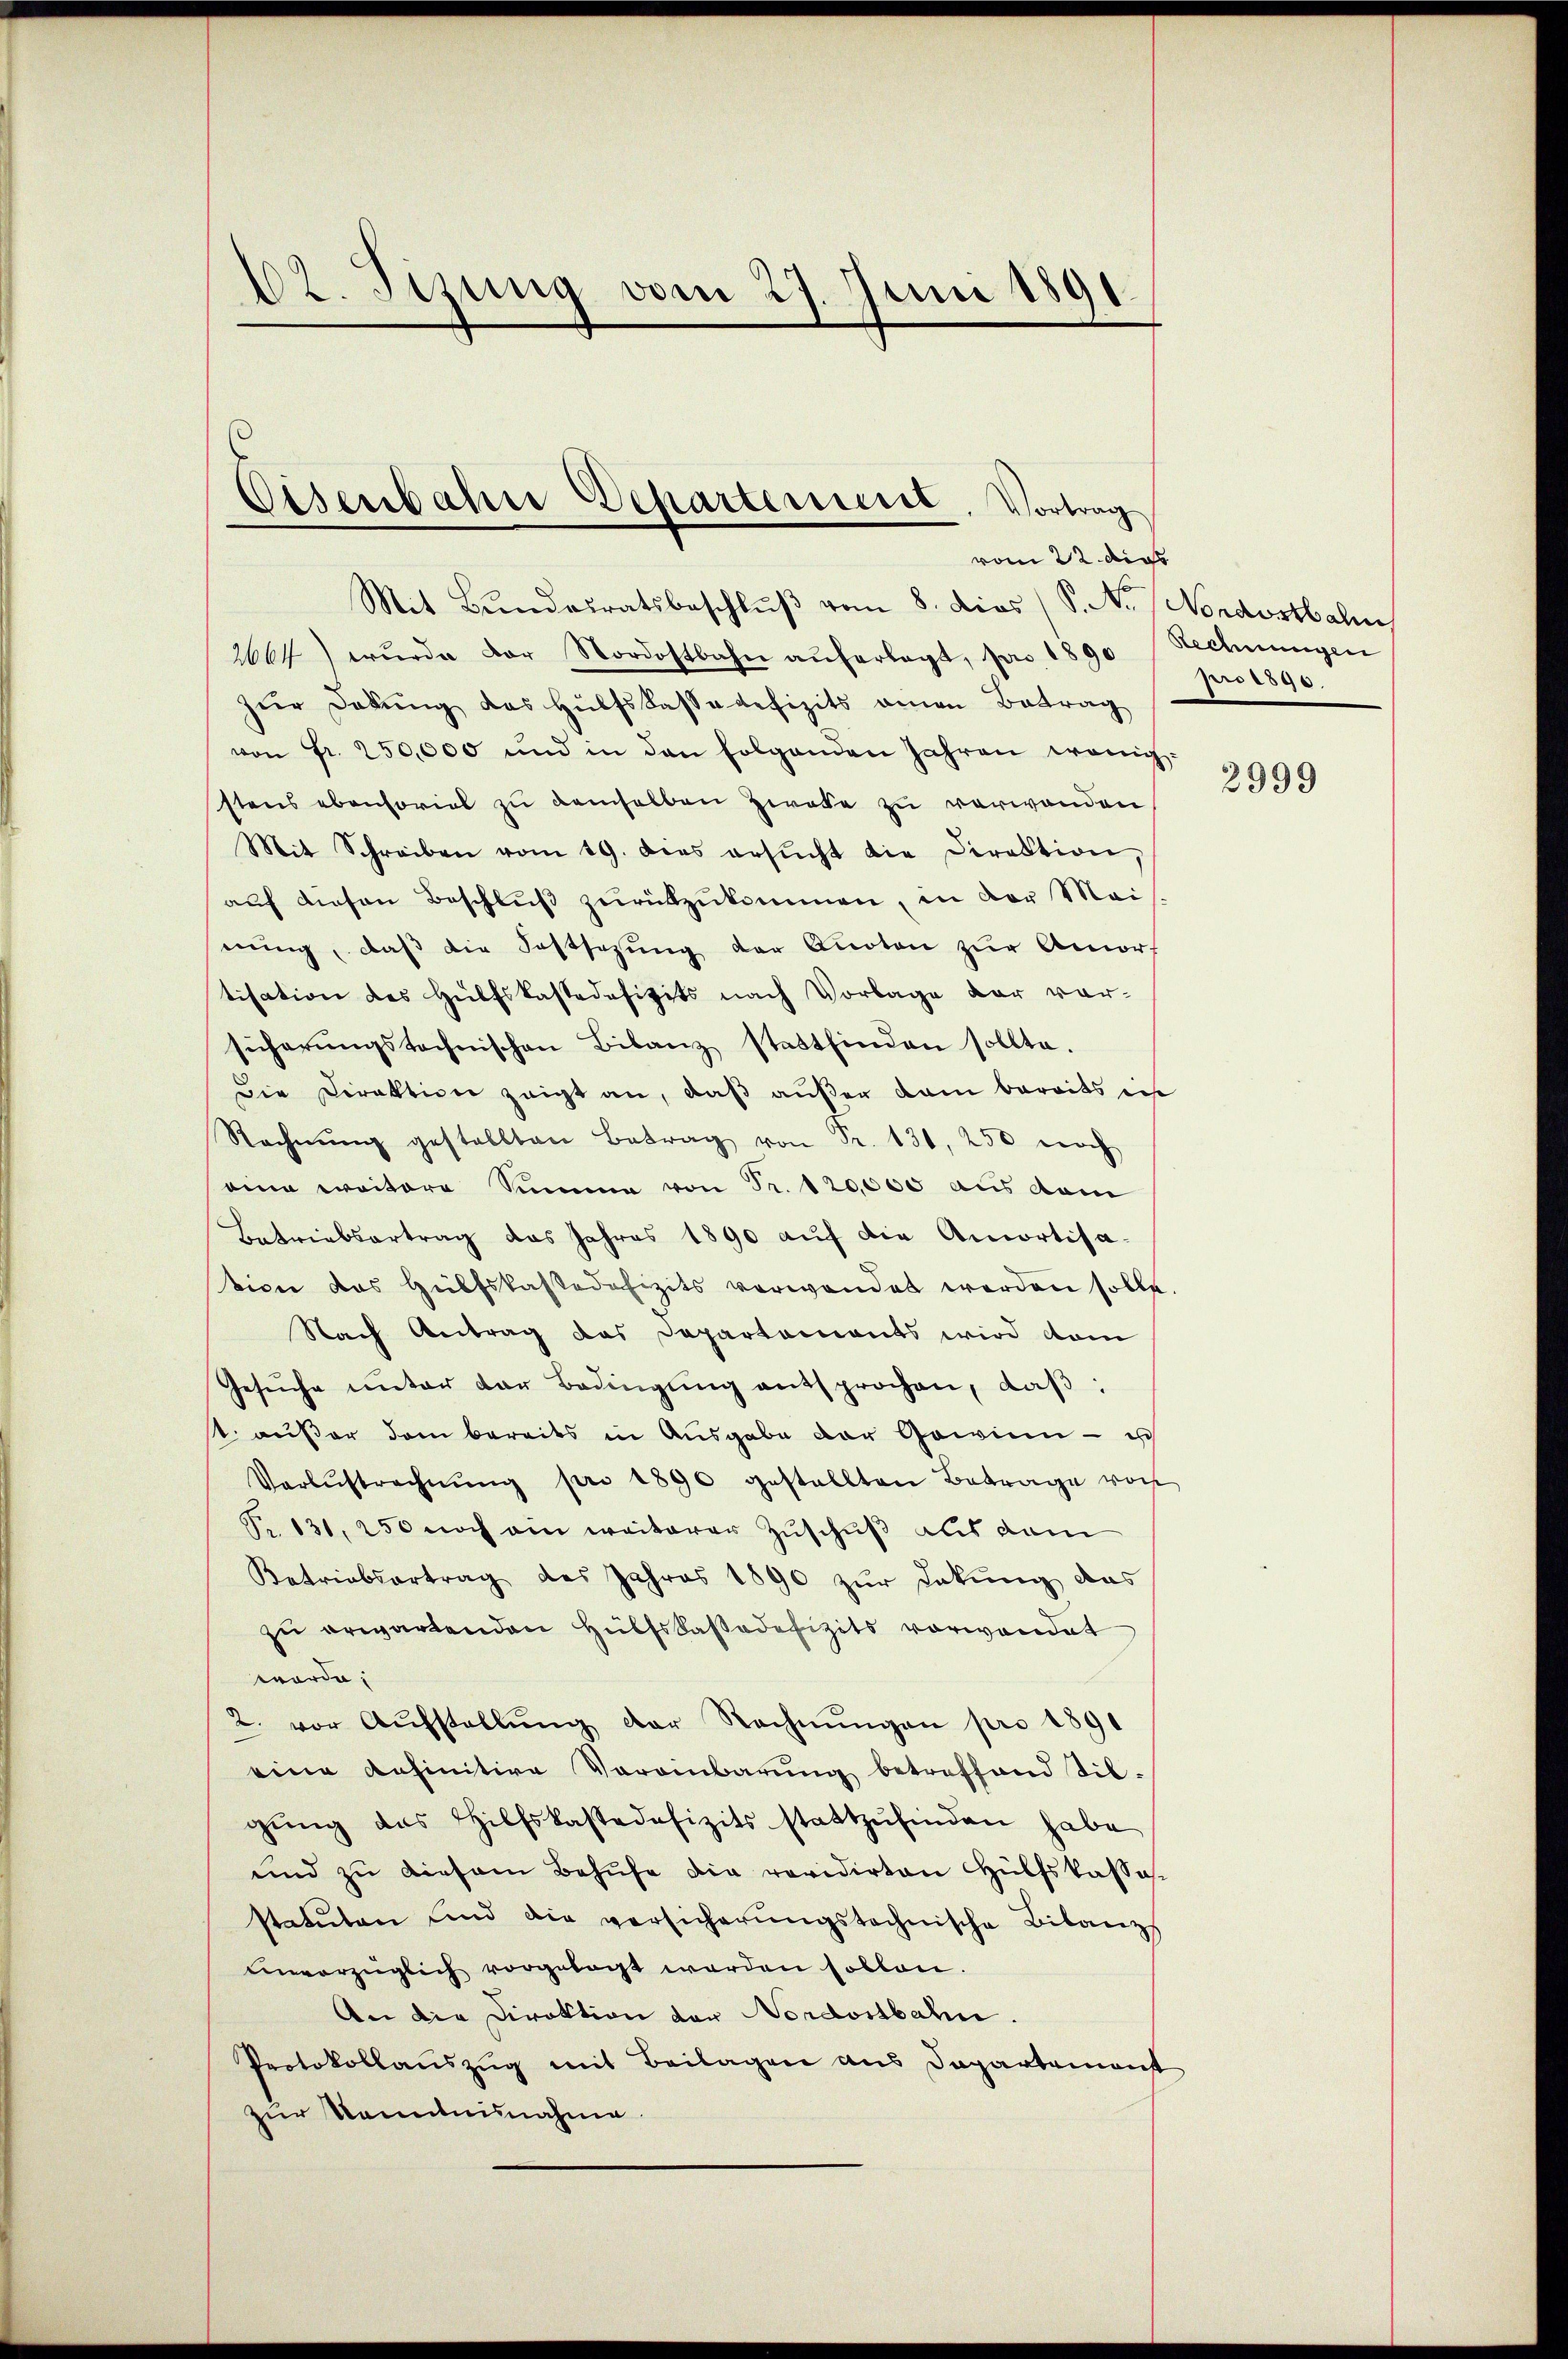
102. Sizung vom 27. Juni 1891.

Eisenbahne Departement, Vortrag
vom 22. dies

Mit Bŭndesratsbeschlŭβ vom 8. dies (S. N. / Nordostbahn
2664) wurde der Nordostbahn aŭferlegt, pro 1890
zur Dokung das Hülfskassadefizits einen Betrag
von fr. 250,000 und in den folgenden Jahren wenig-
stens ebensoviel zu demselben zweie zu verwenden
Mit Schreiben vom 19. dies ersŭcht die Direktion,
auf diesen Beschluß zurückzukommen, in der Mai
nung, daß die Festsezung der Quoten zur Amort
tisation des Hülfskassadefizits nach Vorlage der vor-
sicherŭngstechnischen Bilanz stattfinden sollte.
Die Direktion zeigt an, daß außer dam bereits in
Rechnŭng gestellten Betrag von Fr. 131, 250 noch
eine weitere Summe von Fr. 120,000 aus dem
Betriebsartrag das Jahres 1890 auf die Amortisation des Hülfskassadefizits verwendet werden solle.
Nach Antrag das Departements wird dam
Gesŭche unter der Bedingŭng entsprochen, daβ
s. außer dem bereits in Ausgabe der Gewinn – ich
Verlustrechnŭng pro 1890 gestellten Betrage von
Fr. 131, 250 noch ein weiterer Zuschuß aus dam
Ketriebertrag des Jahres 1890 zur Lakung das
zŭ erwartenden Hülfskassadefizits vorwandet
würde,
2. vor Aufstellŭng der Rechnŭngen pro 1891
eine Refinitive Vereinbarung betreffend Silgŭng des Hilfskassadefizits stattzŭfinden habe
und zŭ diesem Behufe die revidirten Hülfskassa-
statuten und die versicherŭngstechnische Bilanzs
envorzüglich vorgelegt werden sollen.
An die Direktion der Nordostbahn.
Protokollauszug mit Beilagen aus Departement
zur Kenntnisnahme.

Rechnungen
pro 1890.

2999